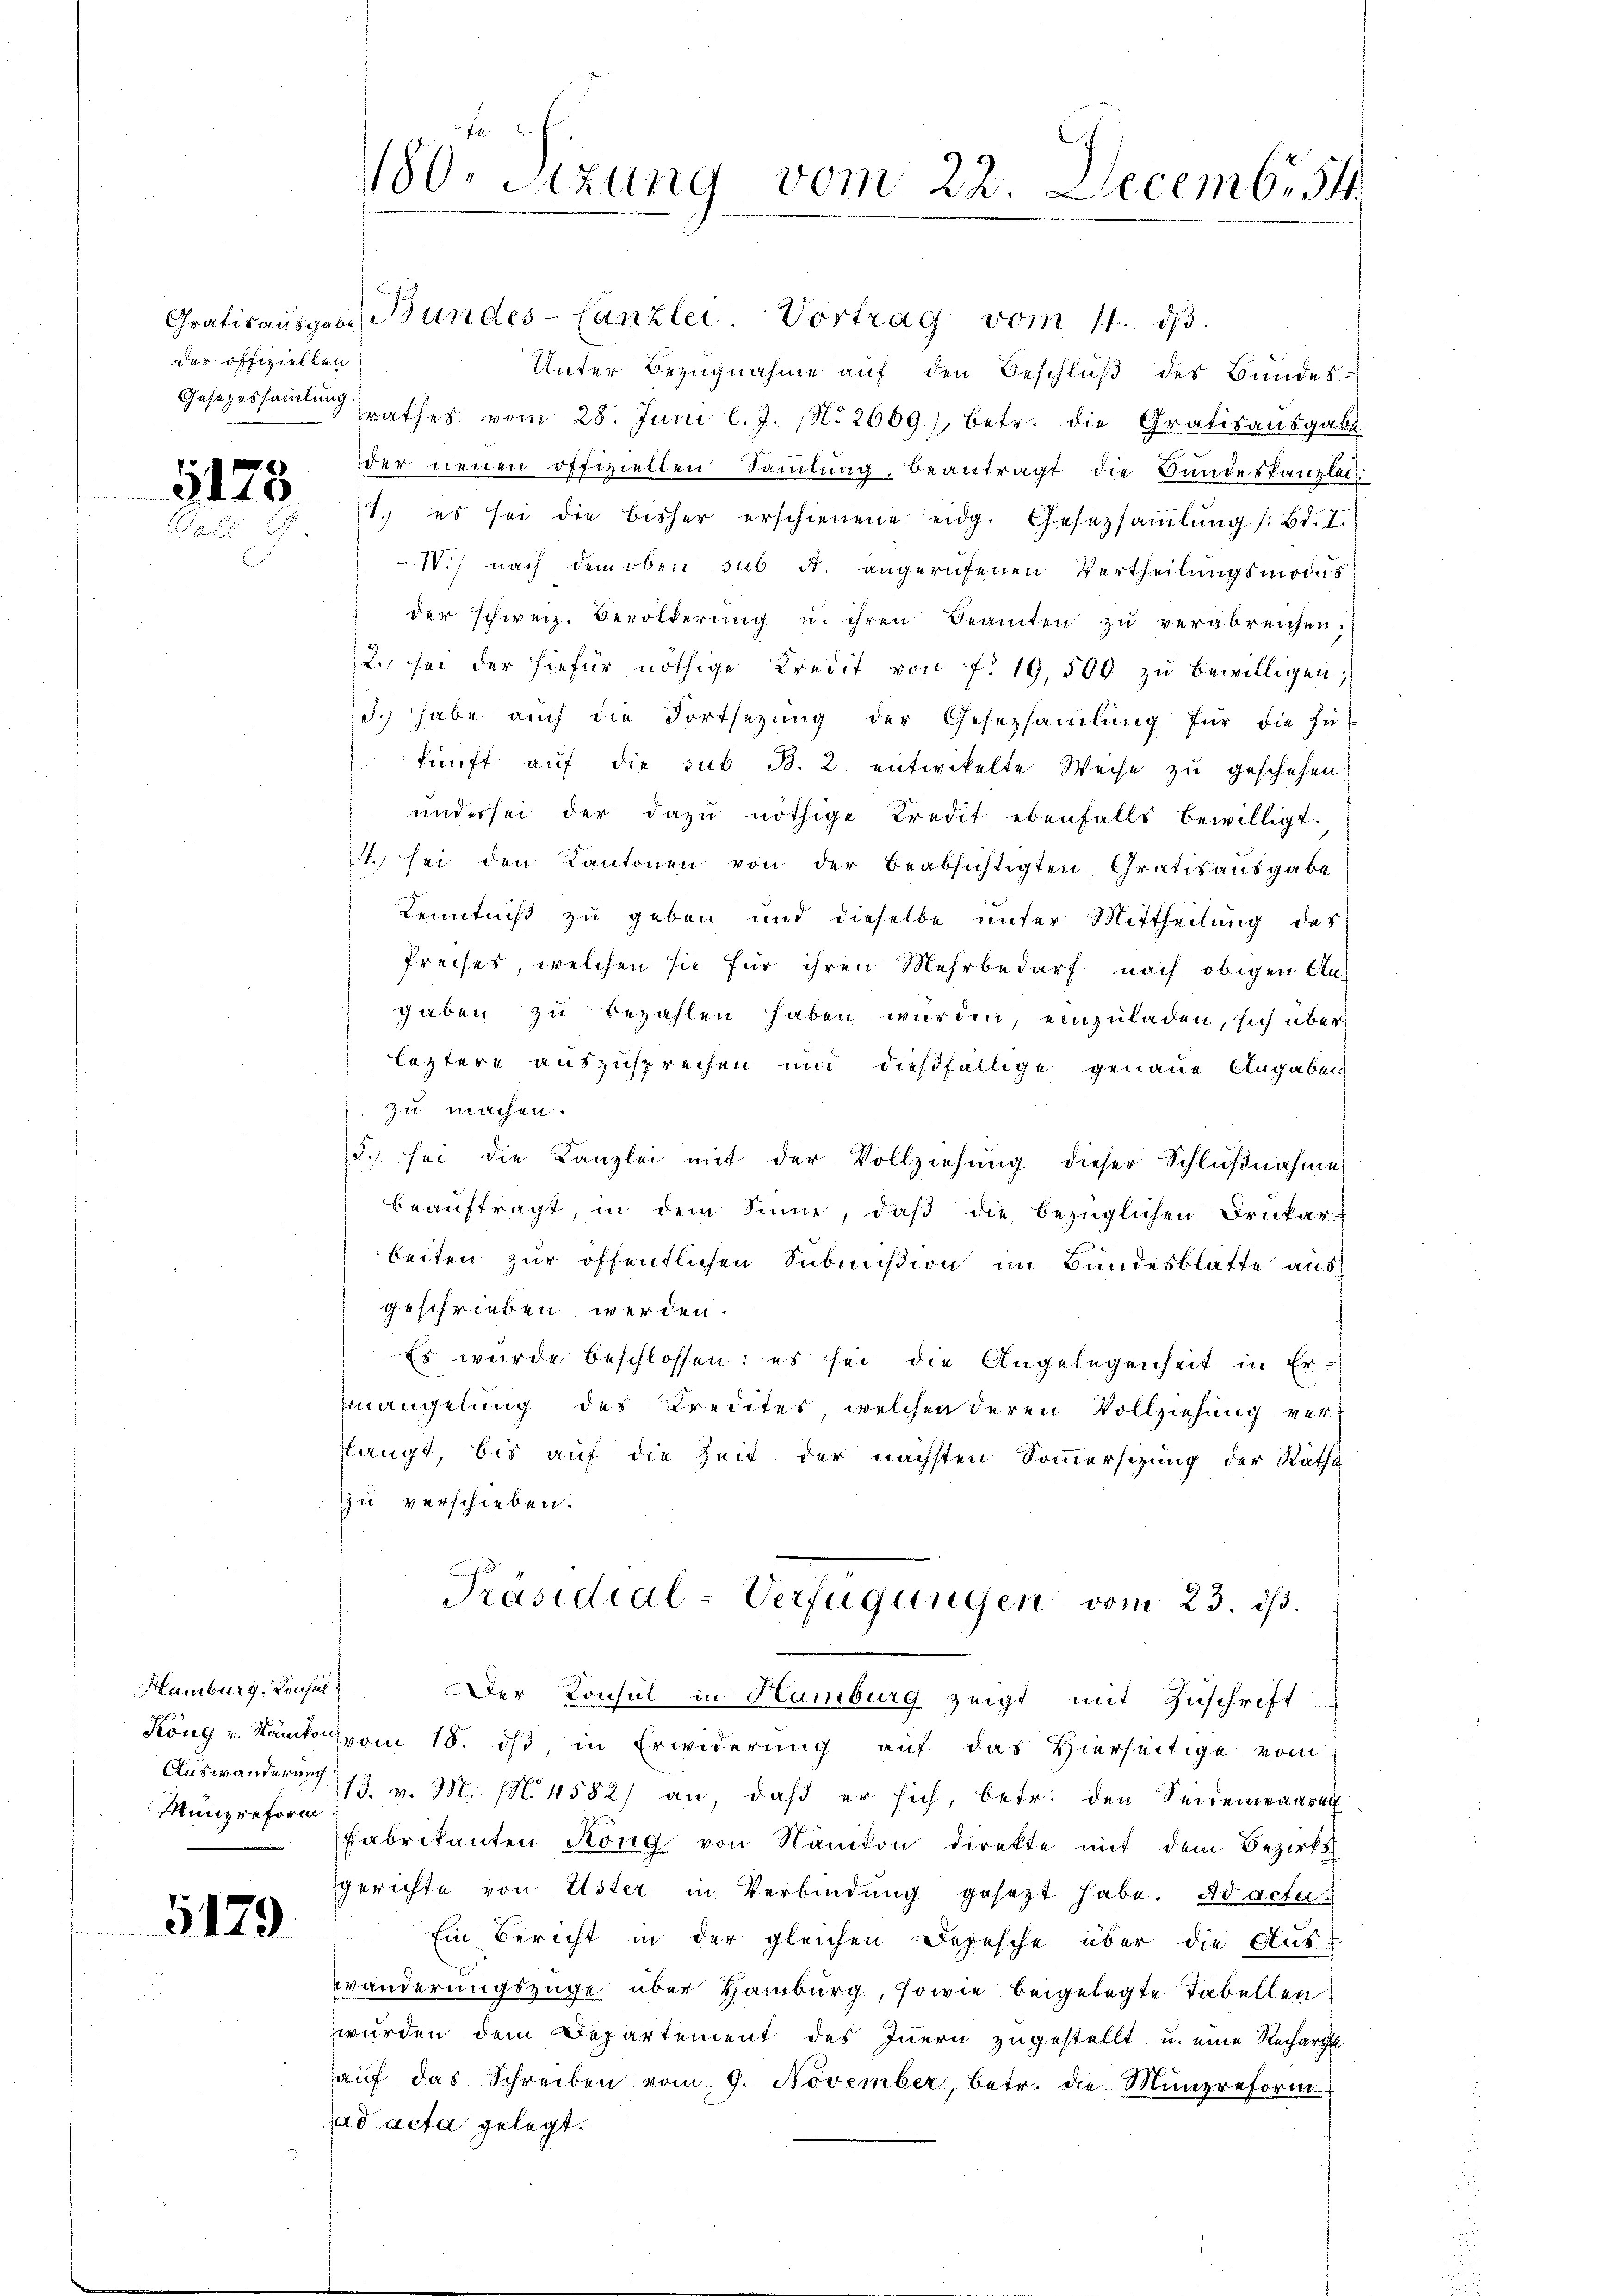
der offiziellen

Poll. I.

Hamburg. Konsul
Münzreform

5179

74
180. Sitzung vom 22. Decembr 54

Gratis ausgeas Bundes-Canzlei- Vortrag vom 11. dβ.
Unter Bezugnahme auf den Beschluß des Bundes-
Gesezessammlungsrathes vom 28. Juni l. J. N. 2669), betr. die Gratis aŭsgabe
der neuen offiziellen Sammlung, beantragt die Bundeskanzlei-
378 (1. es sei die bisher erschienene eidg. Gesetzsaṁlŭng s. Bd. I.
V.) nach dem oben sub A. angerufenen Vertheilungsmodas
der schweiz. Bevölkerŭng u. ihren Beamten zu verabreichen.
2. sei der hiefür nöthige Kredit von f. 19,500 zŭ bewilligen;
J.) habe auch die Fortsetzung der Gesetzsamlung für die Ju-
kunft auf die sub B. 2. entwickelte Weise zu geschehen
under sei der dazŭ nöthige Kredit ebenfalls bewilligt:
4. sei den Kantonen von der beabsichtigten Gratis ausgabe
Kenntniß zu geben und dieselbe unter Mittheilung des
Preises, welchen sie für ihren Mehrbedarf nach obigen An-
gaben zu bezahlen haben wurden, einzuladen, sich über
leztere auszusprechen und dießfällige genaue Angaben
zu machen.
5. sei die Kanzlei mit der Vollziehŭng dieser Schlŭβnahme
beauftragt in dem Sinne, daß die bezüglichen Drukar-
beiten zur öffentlichen Summißion im Bundesblatte aus
geschrieben werden.
Es wurde beschlossen: es sei die Angelegenheit in Ermangelung des Kredites welchen deren Vollziehung verlangt, bis auf die Zeit der nächsten Sommersizung der Ratha
Zu verschieben.
Präsidial-Verfügungen vom 23. ds.
Der Konsul in Hamburg zeigt mit Zuschrift.
Köng v. Nänikos vom 18. ds, in Erwiderung auf das Hierseitige vom
Auswanderung 13. v. M. M. 4582) an, daß er sich, betr. den Seidemwaaren
Fabrikanten Köng von Kanton direkte mit dem Bezirks
gerichte von Uster in Verbindung gesetzt habe. Ad acte
Ein Bericht in der gleichen Depesche über die Auswänderungszüge über Hamburg, sowie beigelegte Tabellenzwurden dem Departement des Innern zugestellt u. eine Recharge
haŭf das Schreiben vom 9. November betr. die Münzreform
jad acta gelegt.